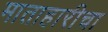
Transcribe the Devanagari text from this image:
माताहारीचा